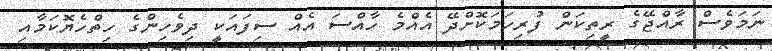
ނަމަވެސް ރާއްޖޭގެ ރީތިކަން ފުރިހަމަކޮށްދޭ އެއްމެ ހާއްސަ އެއް ސިފައަކީ ދިވެހިންގެ ހިތްހެޔޮކަމާއި